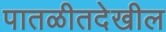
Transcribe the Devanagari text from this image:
पातळीतदेखील